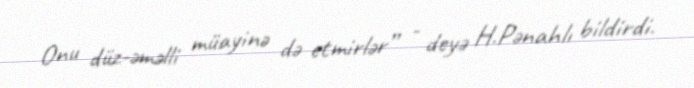
Onu düz-əməlli müayinə də etmirlər” - deyə H.Pənahlı bildirdi.